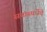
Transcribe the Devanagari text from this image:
सत्तास्पर्धेचे